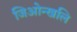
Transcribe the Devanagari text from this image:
जिओन्खलि